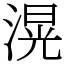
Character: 滉